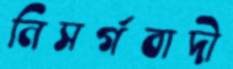
নিসর্গবাদী